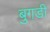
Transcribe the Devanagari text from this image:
बुगडी